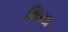
થિયા